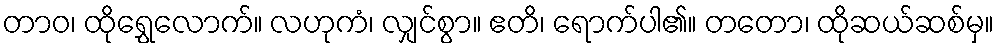
တာဝ၊ ထိုရွှေလောက်။ လဟုကံ၊ လျှင်စွာ။ ဧတိ၊ ရောက်ပါ၏။ တတော၊ ထိုဆယ်ဆစ်မှ။